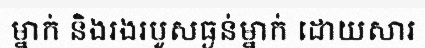
ម្នាក់ និងរងរបួសធ្ងន់ម្នាក់ ដោយសារ